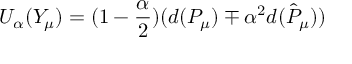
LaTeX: U _ { \alpha } ( Y _ { \mu } ) = ( 1 - \frac { \alpha } { 2 } ) ( d ( P _ { \mu } ) \mp \alpha ^ { 2 } d ( \hat { P } _ { \mu } ) )